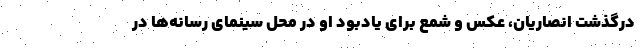
درگذشت انصاریان، عکس و شمع برای یادبود او در محل سینمای رسانه‌ها در